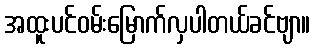
အထူးပင်ဝမ်းမြောက်လှပါတယ်ခင်ဗျာ။